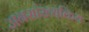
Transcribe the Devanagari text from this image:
जनसांख्यकिय